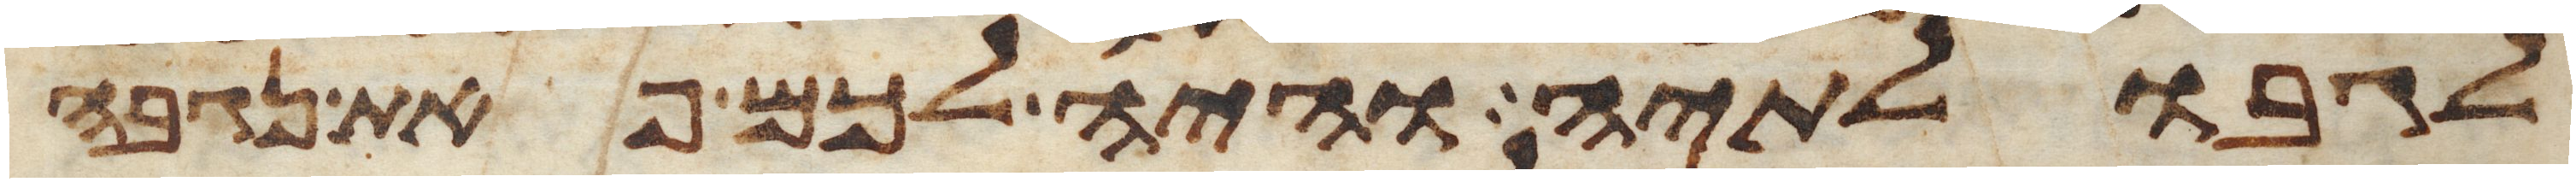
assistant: לגבולתיה והיה לכם פאת נגבה